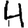
Digit: 4